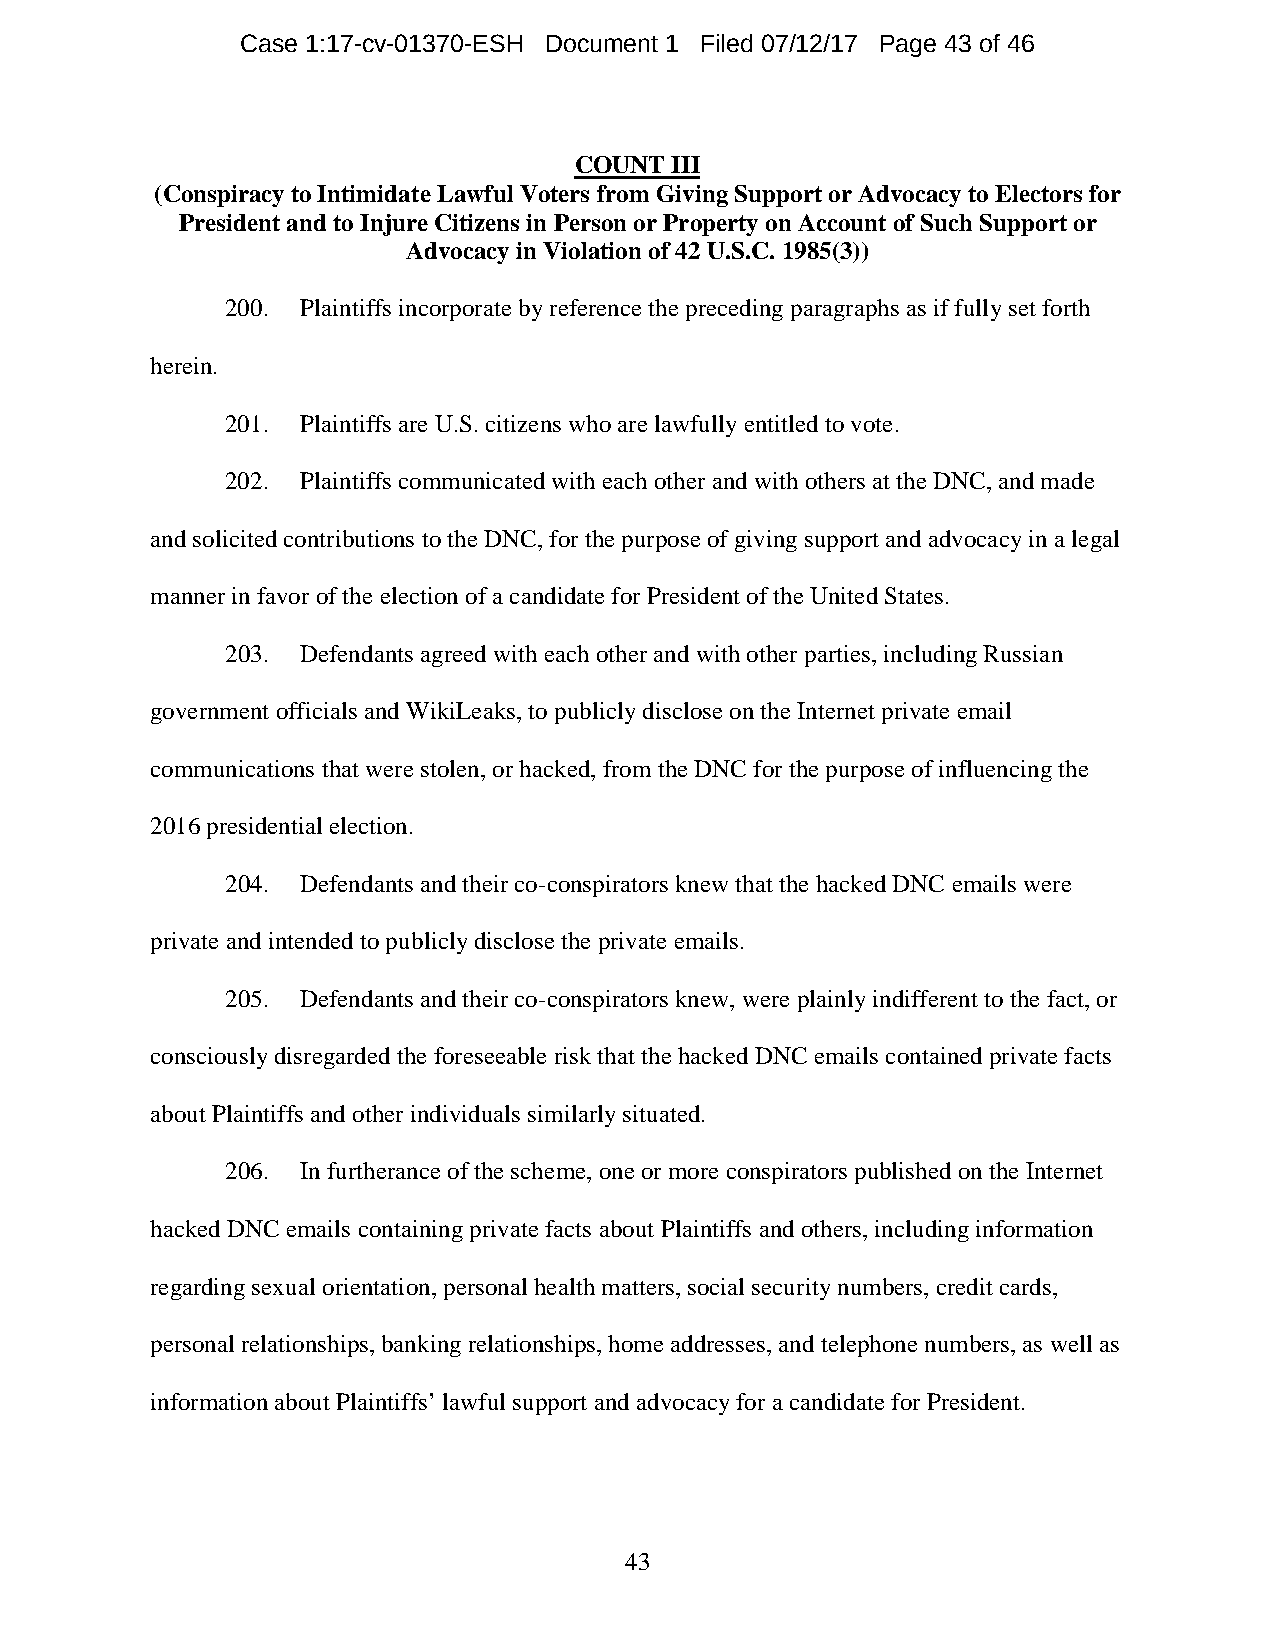
Case 1:17-cv-01370-ESH Document 1 Filed 07/12/17 Page 43 of 46
 COUNT III
 (Conspiracy to Intimidate Lawful Voters from Giving Support or Advocacy to Electors for
 President and to Injure Citizens in Person or Property on Account of Such Support or
 Advocacy in Violation of 42 U.S.C. 1985(3))
 200. Plaintiffs incorporate by reference the preceding paragraphs as if fully set forth
 herein.
 201. Plaintiffs are U.S. citizens who are lawfully entitled to vote.
 202. Plaintiffs communicated with each other and with others at the DNC, and made
 and solicited contributions to the DNC, for the purpose of giving support and advocacy in a legal
 manner in favor of the election of a candidate for President of the United States.
 203. Defendants agreed with each other and with other parties, including Russian
 government officials and WikiLeaks, to publicly disclose on the Internet private email
 communications that were stolen, or hacked, from the DNC for the purpose of influencing the
 2016 presidential election.
 204. Defendants and their co-conspirators knew that the hacked DNC emails were
 private and intended to publicly disclose the private emails.
 205. Defendants and their co-conspirators knew, were plainly indifferent to the fact, or
 consciously disregarded the foreseeable risk that the hacked DNC emails contained private facts
 about Plaintiffs and other individuals similarly situated.
 206. In furtherance of the scheme, one or more conspirators published on the Internet
 hacked DNC emails containing private facts about Plaintiffs and others, including information
 regarding sexual orientation, personal health matters, social security numbers, credit cards,
 personal relationships, banking relationships, home addresses, and telephone numbers, as well as
 information about Plaintiffs’ lawful support and advocacy for a candidate for President.
 43